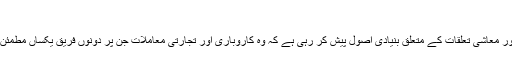
”
سورہ نساء کی یہ آیت تجارتی اور معاشی تعلقات کے متعلق بنیادی اُصول پیش کر رہی ہے کہ وہ کاروباری اور تجارتی معاملات جن پر دونوں فریق یکساں مطمئن اور راضی نہ ہوں ، باطل ہیں ۔